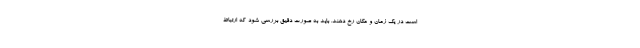
است در یک زمان و مکان رخ دهند. باید به صورت دقیق بررسی شود که ارتباط